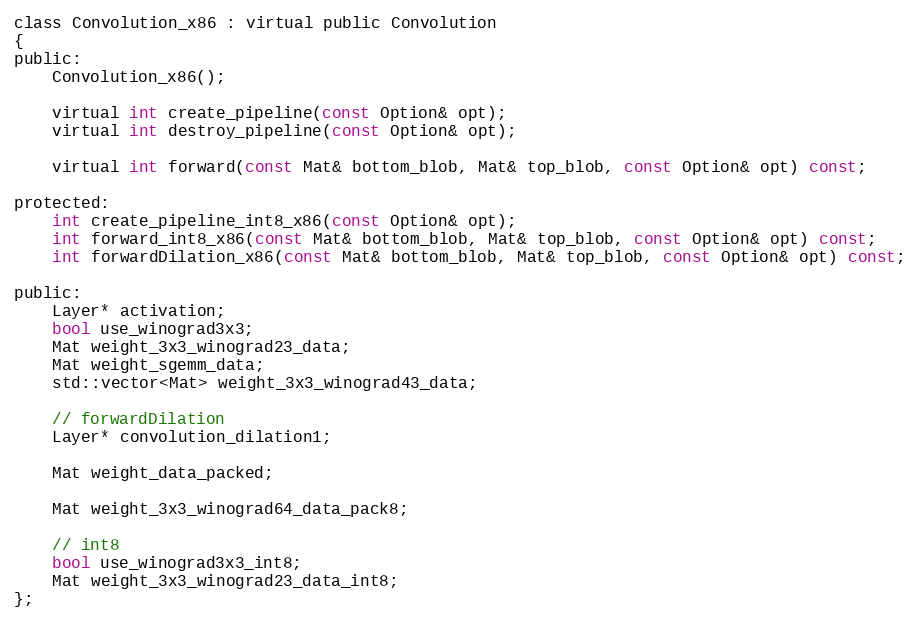
Language: C
class Convolution_x86 : virtual public Convolution
{
public:
    Convolution_x86();

    virtual int create_pipeline(const Option& opt);
    virtual int destroy_pipeline(const Option& opt);

    virtual int forward(const Mat& bottom_blob, Mat& top_blob, const Option& opt) const;

protected:
    int create_pipeline_int8_x86(const Option& opt);
    int forward_int8_x86(const Mat& bottom_blob, Mat& top_blob, const Option& opt) const;
    int forwardDilation_x86(const Mat& bottom_blob, Mat& top_blob, const Option& opt) const;

public:
    Layer* activation;
    bool use_winograd3x3;
    Mat weight_3x3_winograd23_data;
    Mat weight_sgemm_data;
    std::vector<Mat> weight_3x3_winograd43_data;

    // forwardDilation
    Layer* convolution_dilation1;

    Mat weight_data_packed;

    Mat weight_3x3_winograd64_data_pack8;

    // int8
    bool use_winograd3x3_int8;
    Mat weight_3x3_winograd23_data_int8;
};